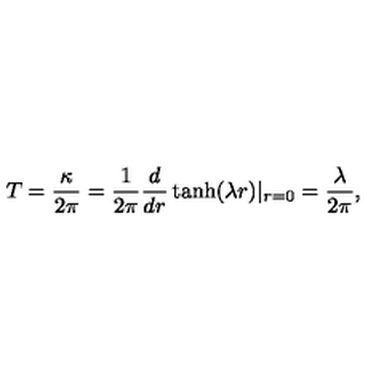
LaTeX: T = \frac { \kappa } { 2 \pi } = \frac { 1 } { 2 \pi } \frac { d } { d r } \tanh ( \lambda r ) | _ { r = 0 } = \frac { \lambda } { 2 \pi } ,